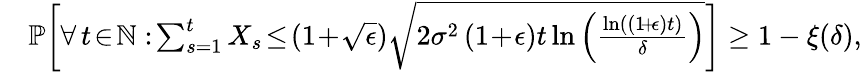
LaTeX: \begin{array}{rl}&{\mathbb{P}\bigg[\forall\, t\! \in\! \mathbb{N}:\! \sum_{s=1}^{t}X_{s}\! \leq\! (1\! +\! \sqrt{\epsilon})\sqrt{2\sigma^{2}\left(1\! +\! \epsilon\right)t\ln\left(\frac{\ln\left((1\! +\! \epsilon)t\right)}{\delta}\right)}\bigg]\geq 1-\xi(\delta),}\end{array}